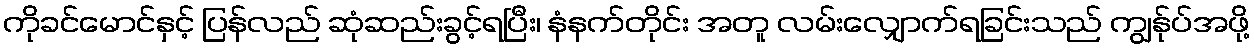
ကိုခင်မောင်နှင့် ပြန်လည် ဆုံဆည်းခွင့်ရပြီး၊ နံနက်တိုင်း အတူ လမ်းလျှောက်ရခြင်းသည် ကျွန်ုပ်အဖို့